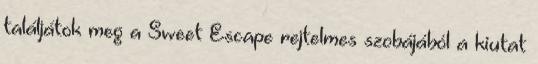
találjátok meg a Sweet Escape rejtelmes szobájából a kiutat